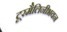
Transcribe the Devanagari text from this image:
टूरमैलिनीभवन